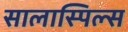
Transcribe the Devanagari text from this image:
सालास्पिल्स